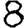
Digit: 8